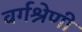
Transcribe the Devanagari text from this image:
वर्गश्रेणी